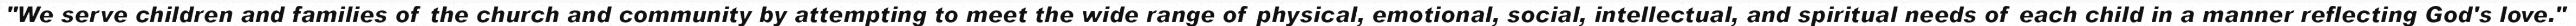
"We serve children and families of the church and community by attempting to meet the wide range of physical, emotional, social, intellectual, and spiritual needs of each child in a manner reflecting God's love."